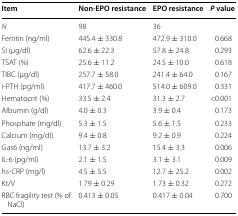
<table><thead><tr><td><b>Item</b></td><td><b>Non-EPO resistance</b></td><td><b>EPO resistance</b></td><td><b><i>P</i> value</b></td></tr></thead><tbody><tr><td><i>N</i></td><td>98</td><td>36</td><td></td></tr><tr><td>Ferritin (ng/ml)</td><td>445.4 ± 330.8</td><td>472.9 ± 310.0</td><td>0.668</td></tr><tr><td>SI (μg/dl)</td><td>62.6 ± 22.3</td><td>57.8 ± 24.8</td><td>0.293</td></tr><tr><td>TSAT (%)</td><td>25.6 ± 11.2</td><td>24.5 ± 10.0</td><td>0.618</td></tr><tr><td>TIBC (μg/dl)</td><td>257.7 ± 58.0</td><td>241.4 ± 64.0</td><td>0.167</td></tr><tr><td>i-PTH (pg/ml)</td><td>417.7 ± 460.0</td><td>514.0 ± 609.0</td><td>0.331</td></tr><tr><td>Hematocrit (%)</td><td>33.5 ± 2.4</td><td>31.3 ± 2.7</td><td>&lt;0.001</td></tr><tr><td>Albumin (g/dl)</td><td>4.0 ± 0.3</td><td>3.9 ± 0.4</td><td>0.173</td></tr><tr><td>Phosphate (mg/dl)</td><td>5.3 ± 1.5</td><td>5.6 ± 1.5</td><td>0.233</td></tr><tr><td>Calcium (mg/dl)</td><td>9.4 ± 0.8</td><td>9.2 ± 0.9</td><td>0.224</td></tr><tr><td>Gas6 (ng/ml)</td><td>13.7 ± 3.2</td><td>15.4 ± 3.3</td><td>0.006</td></tr><tr><td>IL-6 (pg/ml)</td><td>2.1 ± 1.5</td><td>3.1 ± 3.1</td><td>0.009</td></tr><tr><td>hs-CRP (mg/l)</td><td>4.5 ± 5.5</td><td>12.7 ± 25.2</td><td>0.002</td></tr><tr><td>Kt/V</td><td>1.79 ± 0.29</td><td>1.73 ± 0.32</td><td>0.272</td></tr><tr><td>RBC fragility test (% of NaCl)</td><td>0.413 ± 0.05</td><td>0.417 ± 0.04</td><td>0.700</td></tr></tbody></table>